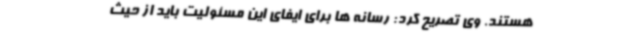
هستند. وی تصریح کرد: رسانه ها برای ایفای این مسئولیت باید از حیث